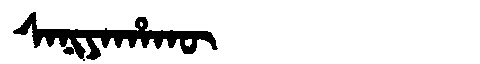
Manchu: ᠰᠠᠨᡳᠶᠠᡥᠠᡴᡡ
Romanization: SANIYAHAKŪ